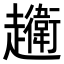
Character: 𧾦